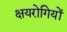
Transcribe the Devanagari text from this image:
क्षयरोगियों